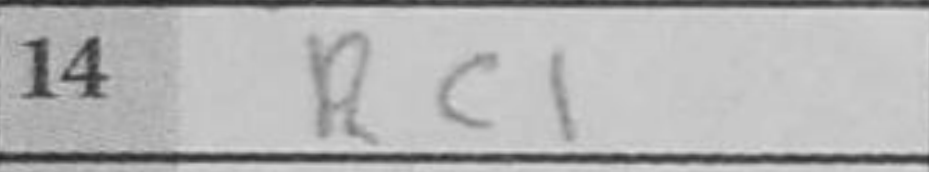
Transcription: Rc1